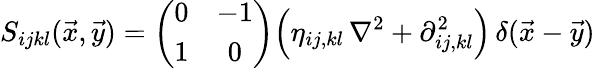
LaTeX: S_{ijkl}(\vec{x},\vec{y})=\left(\begin{array}{cc}{{0}}&{{-1}}\\ {{1}}&{{0}}\end{array}\right)\Bigl(\eta_{ij,kl}\, \nabla^{2}+\partial_{ij,kl}^{2}\Bigr)\, \delta(\vec{x}-\vec{y})